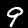
Label: 9